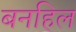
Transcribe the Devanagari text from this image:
बनहिल